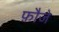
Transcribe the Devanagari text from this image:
फ़ौजे